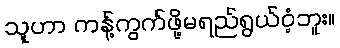
သူဟာ ကန့်ကွက်ဖို့မရည်ရွယ်ဝံ့ဘူး။